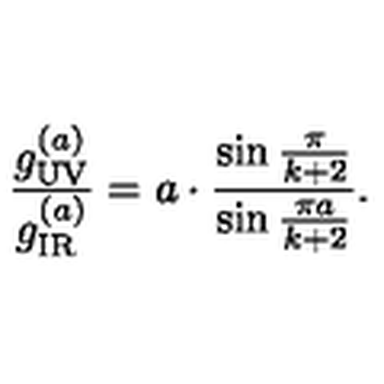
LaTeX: { \frac { g _ { \tiny \mathrm { U V } } ^ { ( a ) } } { g _ { \tiny \mathrm { I R } } ^ { ( a ) } } } = a \cdot { \frac { \sin { \frac { \pi } { k + 2 } } } { \sin { \frac { \pi a } { k + 2 } } } } .